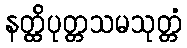
နတ္ထိပုတ္တသမသုတ္တံ